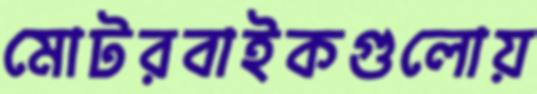
মোটরবাইকগুলোয়